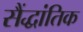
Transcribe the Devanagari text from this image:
सैंद्धांतिक